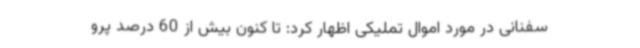
سفنانی در مورد اموال تملیکی اظهار کرد: تا کنون بیش از 60 درصد پرو